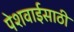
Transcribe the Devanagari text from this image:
पेशवाईसाठी